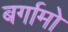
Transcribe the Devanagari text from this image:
बर्गामो